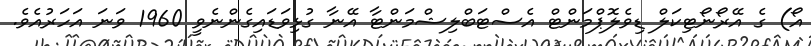
އޯ) ގެ އޭރޯނޯޓިކަލް ޑިވެލޮޕްމަންޓް އެސްޓަބްލިޝްމަންޓާ އޭނާ ގުޅިވަޑައިގެންނެވީ 1960 ވަނަ އަހަރުއެވެ.